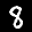
Label: 8